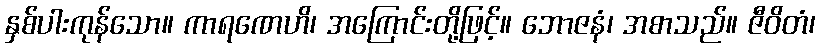
နှစ်ပါးကုန်သော။ ကာရဏေဟိ၊ အကြောင်းတို့ဖြင့်။ ဘောဇနံ၊ အစာသည်။ ဇီဝိတံ၊